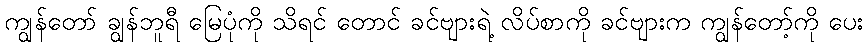
ကျွန်တော် ချွန်ဘူရီ မြေပုံကို သိရင် တောင် ခင်ဗျားရဲ့ လိပ်စာကို ခင်ဗျားက ကျွန်တော့်ကို ပေး